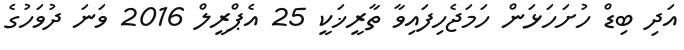
އަދި ބިޑް ހުށަހަޅަން ހަމަޖެހިފައިވާ ތާރީޚަކީ 25 އެޕްރީލް 2016 ވަނަ ދުވަހުގެ